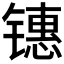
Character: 𰾶